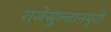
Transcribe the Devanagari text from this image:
राजेसुल्तानपुरी